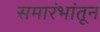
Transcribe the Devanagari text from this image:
समारंभांतून